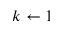
k \gets 1